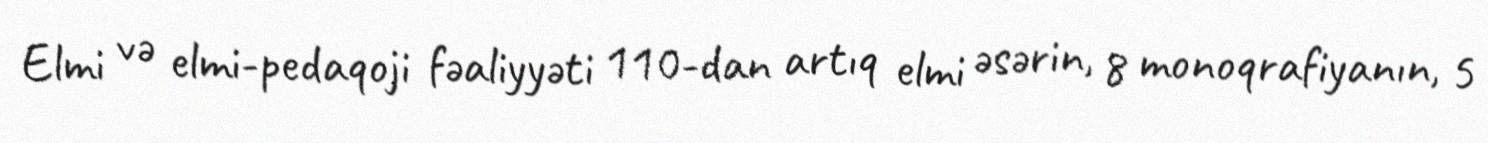
Elmi və elmi-pedaqoji fəaliyyəti 110-dan artıq elmi əsərin, 8 monoqrafiyanın, 5